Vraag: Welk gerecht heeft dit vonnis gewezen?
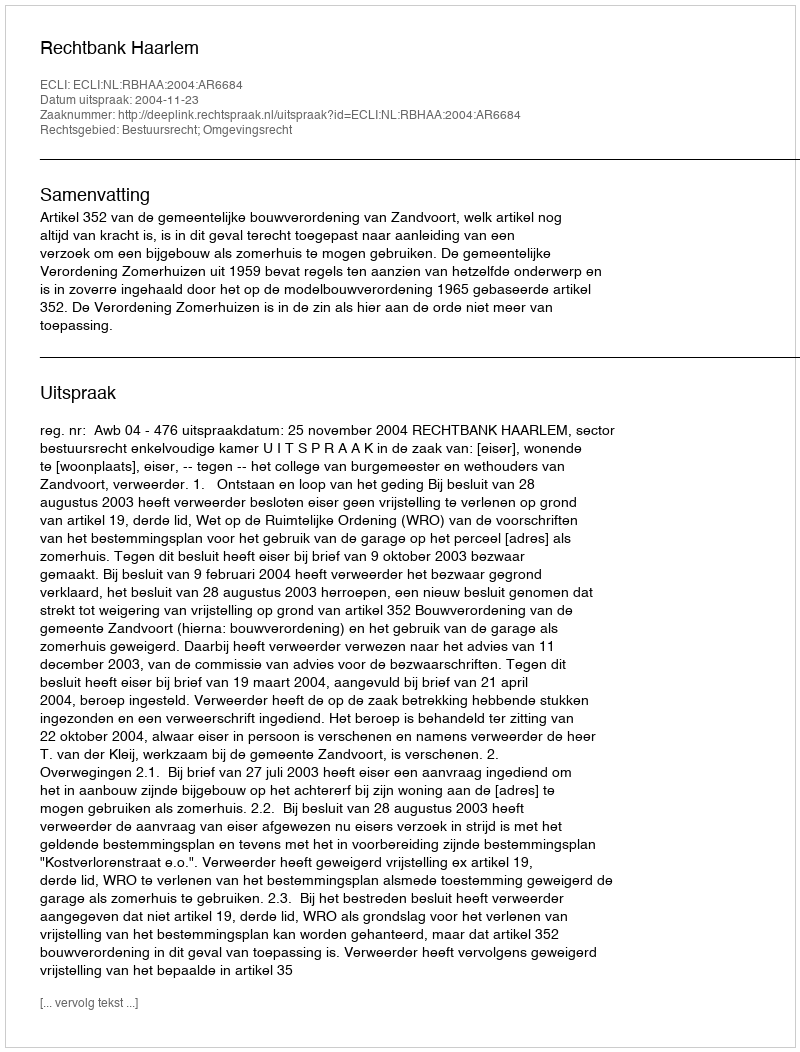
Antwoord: Rechtbank Haarlem